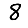
Digit: 8